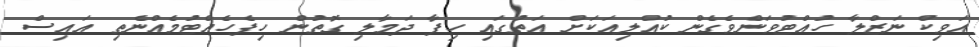
އަވިކް ނަޒްލާ ހުއްޓުވަންވެގެން ކުއްލިއަކަށް އަތުގައި ހިފާ ދަމާލި ގޮތުން ހިފެހެއްޓުމެއްނެތި އައިސް